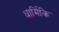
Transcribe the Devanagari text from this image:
धार्मिकि